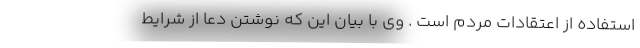
استفاده از اعتقادات مردم است . وی با بیان این که نوشتن دعا از شرایط